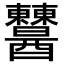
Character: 𨤈